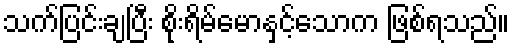
သက်ပြင်းချပြီး စိုးရိမ်မောနှင့်သောက ဖြစ်ရသည်။